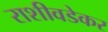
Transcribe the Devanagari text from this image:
राशीवडेकर